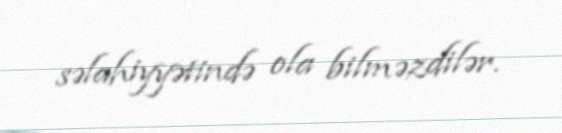
səlahiyyətində ola bilməzdilər.